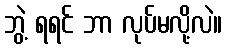
ဘွဲ့ ရရင် ဘာ လုပ်မလို့လဲ။